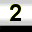
Digit: 2